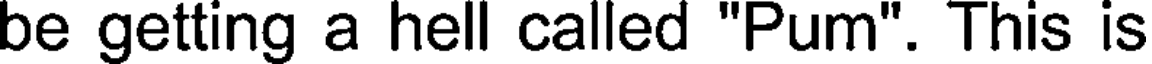
be getting a hell called "Pum". This is